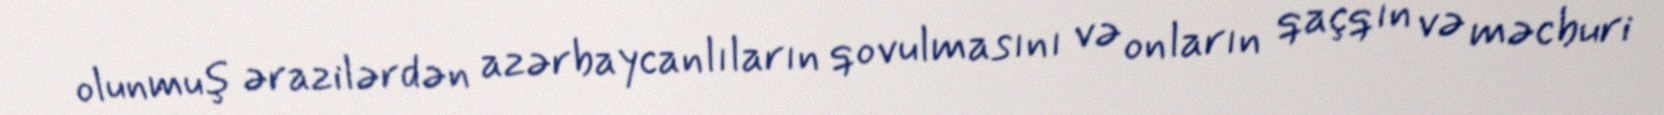
olunmuş ərazilərdən azərbaycanlıların qovulmasını və onların qaçqın və məcburi